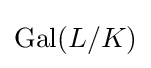
\operatorname {Gal} (L/K)